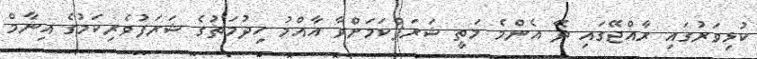
ކުޅިވަރުގައި ރާއްޖޭގައި ދޭ އެންމެ މަތީ ޝަރަފްކަމަށްވާ އާއްމު ހިދުމަތުގެ ޝަރަފުވެރިިކަމުގެ އިނާމް